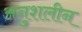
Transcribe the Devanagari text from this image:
अनुशलीन